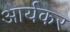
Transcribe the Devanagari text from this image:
आर्यकर